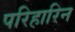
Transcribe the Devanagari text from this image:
परिहारिन